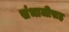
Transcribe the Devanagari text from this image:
संभाजीसह